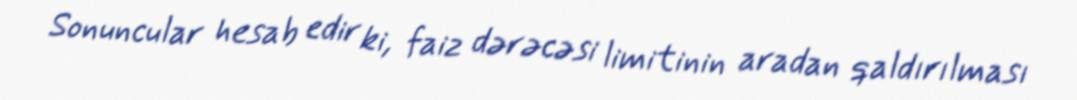
Sonuncular hesab edir ki, faiz dərəcəsi limitinin aradan qaldırılması